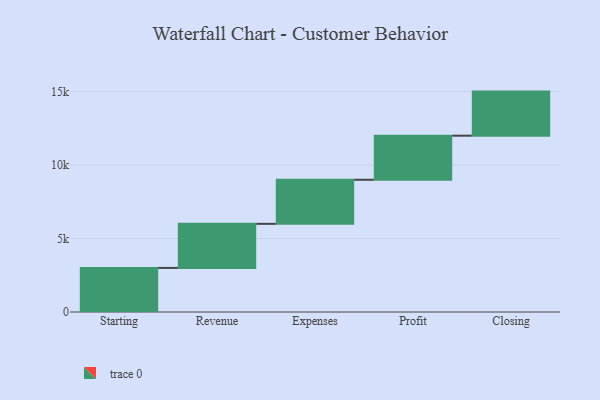
{"axis": {"x": "Step", "y": "Value"}, "legend": [""], "data": [{"x": "Starting", "y": 3000, "type": ""}, {"x": "Revenue", "y": 3000, "type": ""}, {"x": "Expenses", "y": 3000, "type": ""}, {"x": "Profit", "y": 3000, "type": ""}, {"x": "Closing", "y": 3000, "type": ""}]}